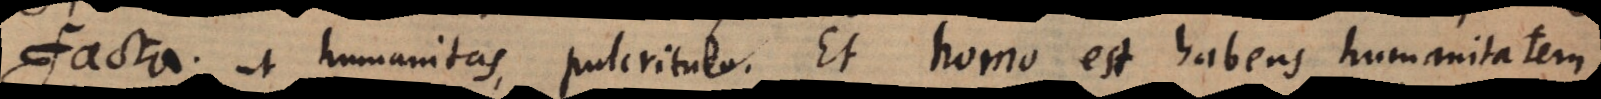
facta; ut humanitas, pulcritudo. Et homo est habens humanitatem,